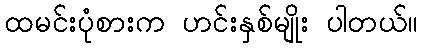
ထမင်းပုံစားက ဟင်းနှစ်မျိုး ပါတယ်။